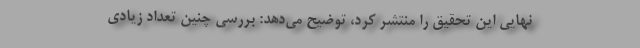
نهایی این تحقیق را منتشر کرد، توضیح می‌دهد: بررسی چنین تعداد زیادی